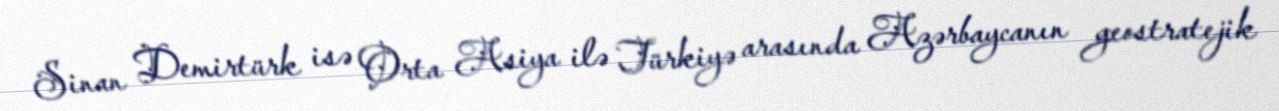
Sinan Demirtürk isə Orta Asiya ilə Türkiyə arasında Azərbaycanın geostratejik